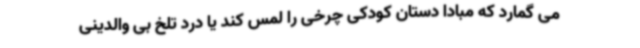
می گمارد که مبادا دستان کودکی چرخی را لمس کند یا درد تلخ بی والدینی